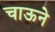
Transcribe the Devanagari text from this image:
चाऊने